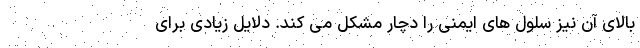
بالای آن نیز سلول های ایمنی را دچار مشکل می کند. دلایل زیادی برای